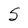
Character: S